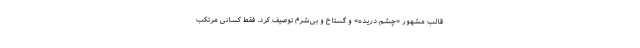
قالب مشهور «چشم دریده» و گستاخ و بی‌شرم توصیف کرد. فقط کسانی مرتکب